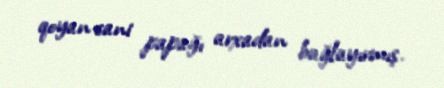
qoyan cani papağı arxadan bağlayırmış.